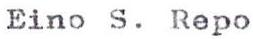
Eino S. Repo